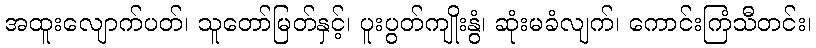
အထူးလျောက်ပတ်၊ သူတော်မြတ်နှင့်၊ ပူးပွတ်ကျိုးနွံ၊ ဆုံးမခံလျက်၊ ကောင်းကြံသီတင်း၊